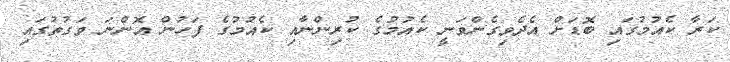
ކަރާ ކެއުމުގައި ބޮޑަށް އެދެވިގެންވަނީ ކެއުމުގެ ކުރިންނާއި ކެއުމުގެ ފަހުން އޮންނަ ވަގުތުގައި